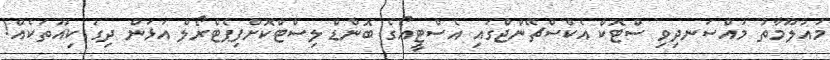
މައުލޫމާތު މުއްސަނދިވި ސްޓޮކް އެކްސްޗޭންޖްގައި އެސްޓީއޯގެ ބޮންޑް ލިސްޓްކޮށްފިޕެޓްރޯލް އަޅަން ދިގު ކިއޫތަކެއް!